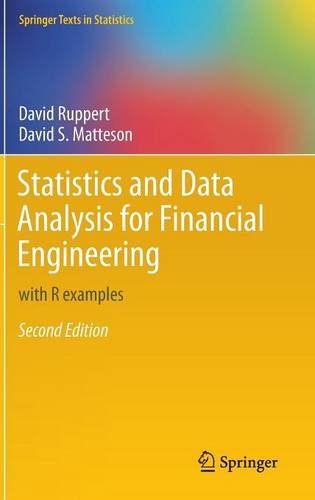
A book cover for Statistics and Data Analysis for Financial Engineering: with R examples (Springer Texts in Statistics); David Ruppert; Business & Money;